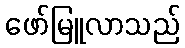
ဖော်မြူလာသည်